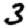
Digit: 3